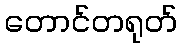
တောင်တရုတ်